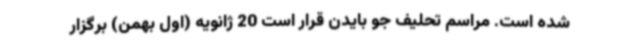
شده است. مراسم تحلیف جو بایدن قرار است 20 ژانویه (اول بهمن) برگزار